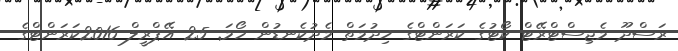
ރަސްދޫ މެޖިސްޓްރޭޓް ކޯޓުގެ ކަރަންޓްގެ ޚިދުމަތް މެދުކެނޑުން ހޯމަ